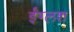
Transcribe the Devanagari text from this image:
ईंग्लश